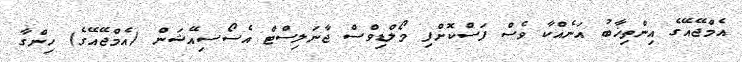
އެމްޖޭއޭގެ އިންތިޚާބު އަނެއްކާ ވެސް ފަސްކޮށްފި މޯލްޑިވްސް ޖާނަލިސްޓް އެސޯސިއޭޝަން (އެމްޖޭއޭގެ) ހިންގާ